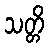
သတ္တိ